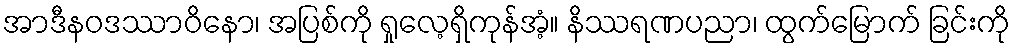
အာဒီနဝဒဿာဝိနော၊ အပြစ်ကို ရှုလေ့ရှိကုန်အံ့။ နိဿရဏပညာ၊ ထွက်မြောက် ခြင်းကို